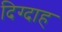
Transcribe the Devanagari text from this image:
दिग्दाह